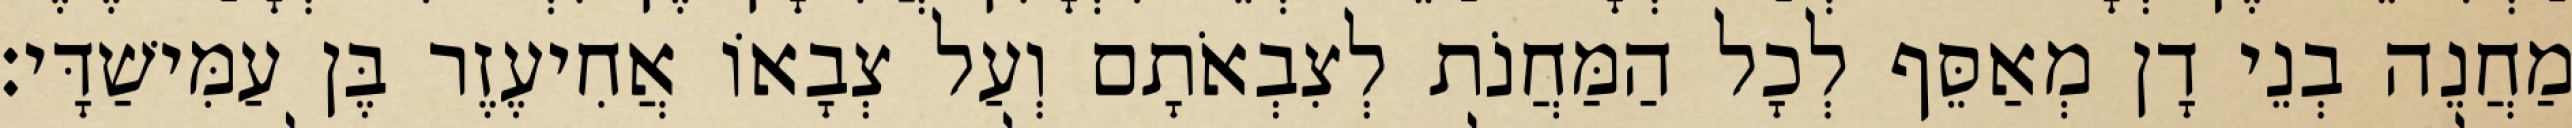
מַחֲנֵה בְנֵי דָן מְאַסֵּף לְכָל הַמַּחֲנֹת לְצִבְאֹתָם וְעַל צְבָאוֹ אֲחִיעֶזֶר בֶּן עַמִּישַׁדָּי׃